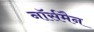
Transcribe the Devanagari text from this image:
नॉर्समैन